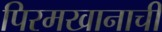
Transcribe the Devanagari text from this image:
पिरमखानाची